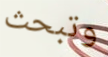
وتبحث